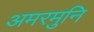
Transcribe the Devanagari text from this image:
अमरमुनि